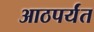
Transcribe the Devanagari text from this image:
आठपर्यंत